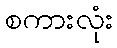
စကားလုံး